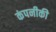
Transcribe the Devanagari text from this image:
कंपनीकी